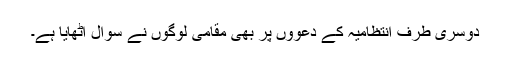
دوسری طرف انتظامیہ کے دعووں پر بھی مقامی لوگوں نے سوال اٹھایا ہے۔